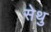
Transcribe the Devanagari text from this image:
सेथु